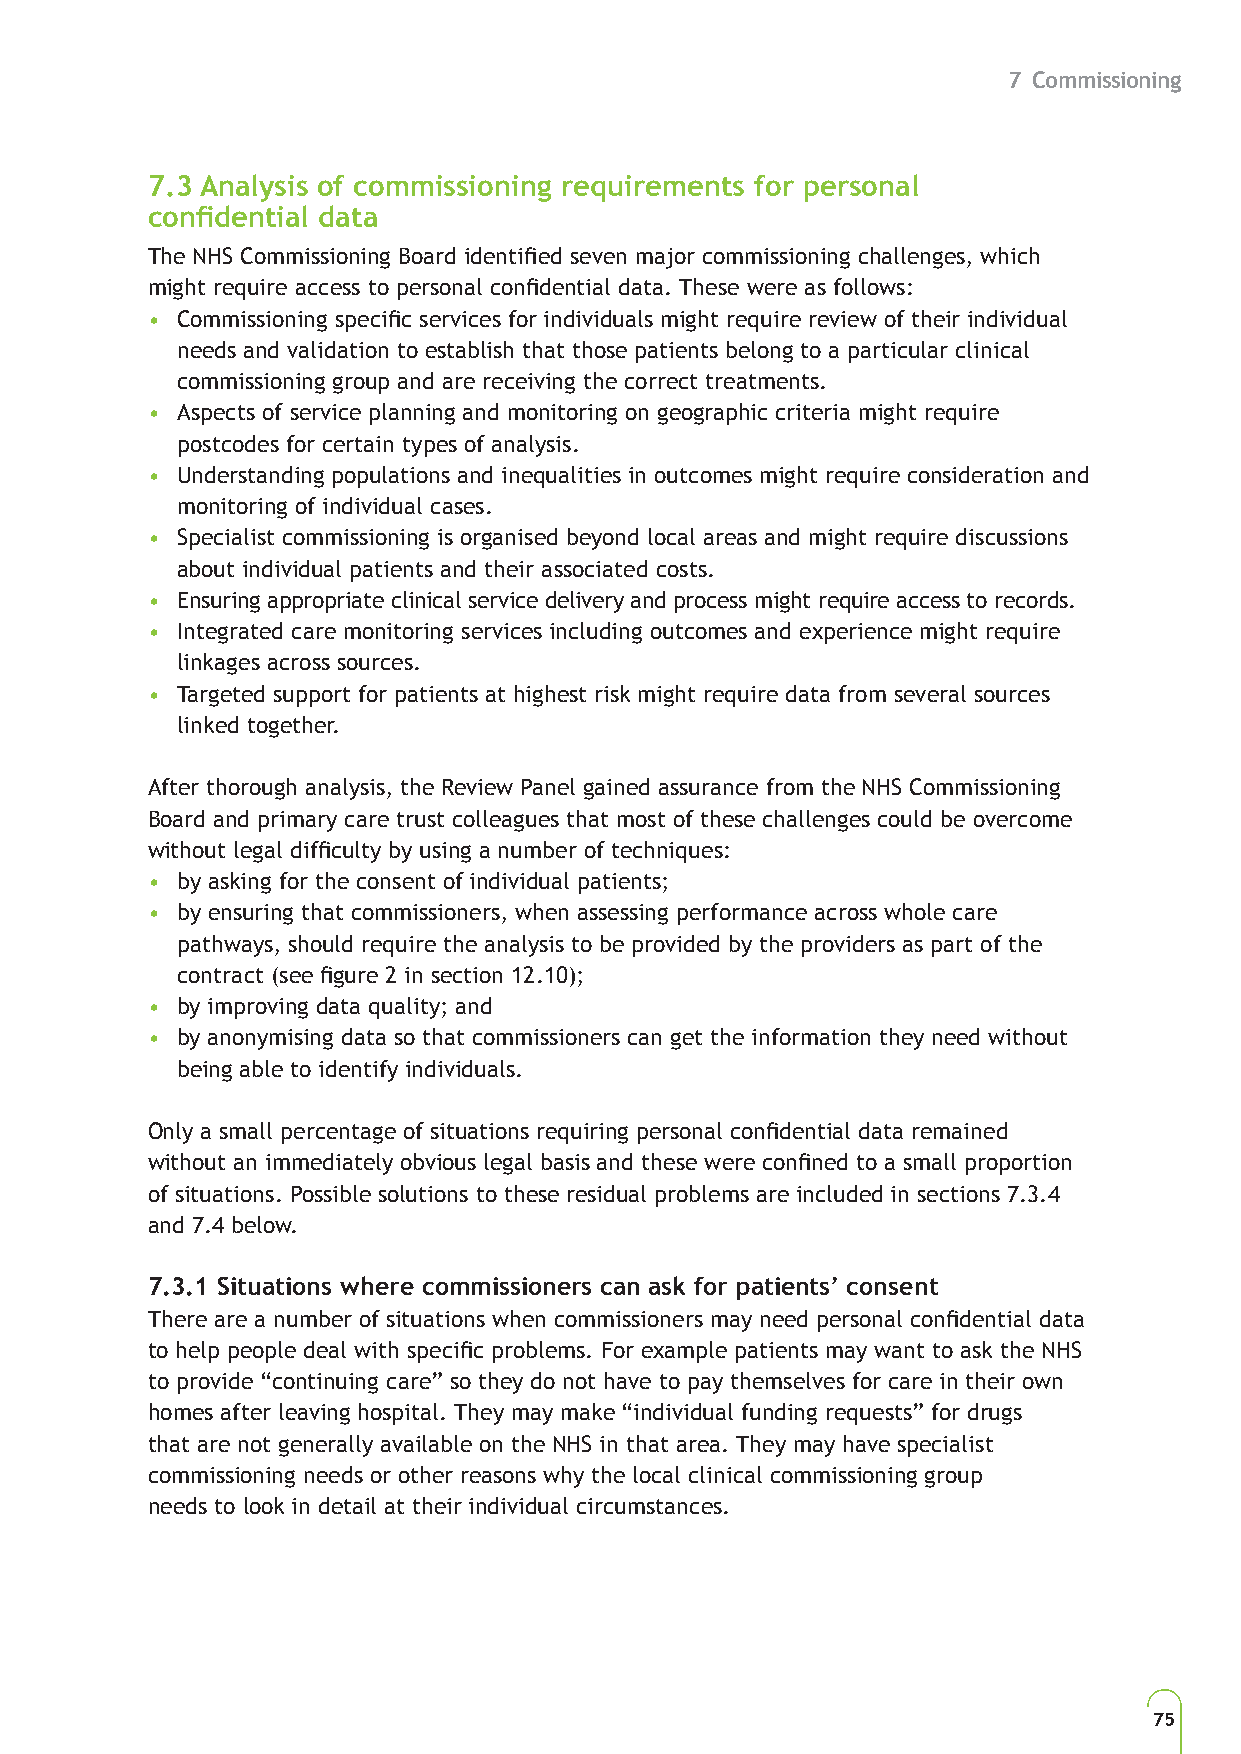
7 Commissioning
 7.3 Analysis of commissioning requirements for personal
 confidential data
 The NHS Commissioning Board identified seven major commissioning challenges, which
 might require access to personal confidential data. These were as follows:
 • Commissioning specific services for individuals might require review of their individual
 needs and validation to establish that those patients belong to a particular clinical
 commissioning group and are receiving the correct treatments.
 • Aspects of service planning and monitoring on geographic criteria might require
 postcodes for certain types of analysis.
 • Understanding populations and inequalities in outcomes might require consideration and
 monitoring of individual cases.
 • Specialist commissioning is organised beyond local areas and might require discussions
 about individual patients and their associated costs.
 • Ensuring appropriate clinical service delivery and process might require access to records.
 • Integrated care monitoring services including outcomes and experience might require
 linkages across sources.
 • Targeted support for patients at highest risk might require data from several sources
 linked together.
 After thorough analysis, the Review Panel gained assurance from the NHS Commissioning
 Board and primary care trust colleagues that most of these challenges could be overcome
 without legal difficulty by using a number of techniques:
 • by asking for the consent of individual patients;
 • by ensuring that commissioners, when assessing performance across whole care
 pathways, should require the analysis to be provided by the providers as part of the
 contract (see figure 2 in section 12.10);
 • by improving data quality; and
 • by anonymising data so that commissioners can get the information they need without
 being able to identify individuals.
 Only a small percentage of situations requiring personal confidential data remained
 without an immediately obvious legal basis and these were confined to a small proportion
 of situations. Possible solutions to these residual problems are included in sections 7.3.4
 and 7.4 below.
 7.3.1 Situations where commissioners can ask for patients’ consent
 There are a number of situations when commissioners may need personal confidential data
 to help people deal with specific problems. For example patients may want to ask the NHS
 to provide “continuing care” so they do not have to pay themselves for care in their own
 homes after leaving hospital. They may make “individual funding requests” for drugs
 that are not generally available on the NHS in that area. They may have specialist
 commissioning needs or other reasons why the local clinical commissioning group
 needs to look in detail at their individual circumstances.
 75